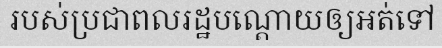
របស់ប្រជាពលរដ្ឋបណ្តោយឲ្យអត់ទៅ